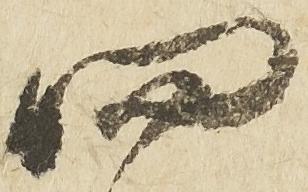
四